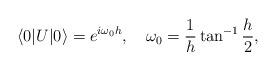
LaTeX: \begin{align*}\langle 0|U|0\rangle=e^{i\omega_0h},\quad \omega_0={1\over h}\tan^{-1}{h\over2},\end{align*}